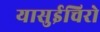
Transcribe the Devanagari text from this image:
यासुईचिरो